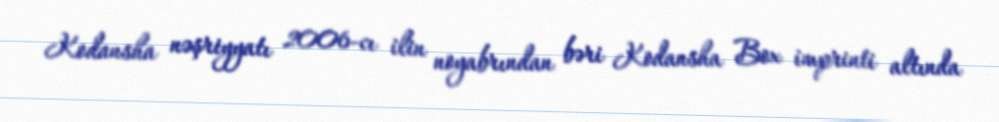
Kodansha nəşriyyatı 2006-cı ilin noyabrından bəri Kodansha Box imprinti altında